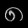
Digit: ၈